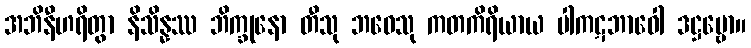
အဘိနီဟရိတွာ နိသိန္နဿ ဘိက္ခုနော တီသု ဘဝေသု ကတကိရိယာယ ပါကဋဘာဝေါ ဒဋ္ဌဗ္ဗော။